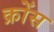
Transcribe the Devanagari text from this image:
क्रोंस